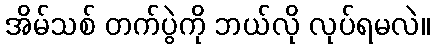
အိမ်သစ် တက်ပွဲကို ဘယ်လို လုပ်ရမလဲ။